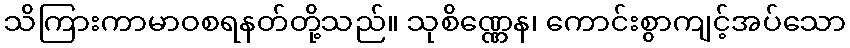
သိကြားကာမာဝစရနတ်တို့သည်။ သုစိဏ္ဏေန၊ ကောင်းစွာကျင့်အပ်သော